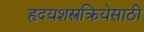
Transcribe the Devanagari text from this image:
हृदयशस्त्रक्रियेसाठी